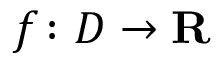
f \colon D \rightarrow \mathbf { R } \quad